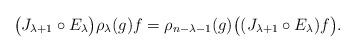
LaTeX: \begin{gather*}\big(J_{\lambda+1}\circ E_\lambda\big) \rho_\lambda(g)f = \rho_{n-\lambda-1}(g) \big((J_{\lambda+1}\circ E_\lambda)f\big).\end{gather*}